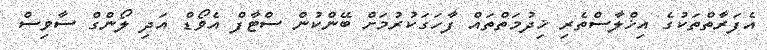
އެފަރާތްތަކުގެ އިޚްލާސްތެރި ޚިދުމަތްތައް ފާހަގަކުރުމަށް ބޭންކުން ސްޓާފް އެވޯޑް އަދި ލޯންގް ސާވިސް